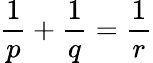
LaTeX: {\frac{1}{p}}+{\frac{1}{q}}={\frac{1}{r}}